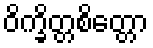
ဝိက္ခိတ္တစိတ္တော